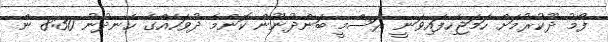
ފޯމު ދޫކުރުމަށް ހަމަޖެހިފައިވަނީ ރަސްމީ ބަންދުނޫން ކޮންމެ ދުވަހެއްގެ ހެނދުނު 8:30 ން